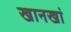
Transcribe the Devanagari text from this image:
खानखां